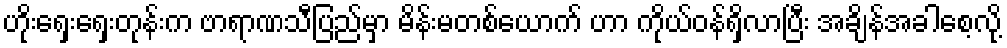
ဟိုးရှေးရှေးတုန်းက ဗာရာဏသီပြည်မှာ မိန်းမတစ်ယောက် ဟာ ကိုယ်ဝန်ရှိလာပြီး အချိန်အခါစေ့လို့